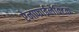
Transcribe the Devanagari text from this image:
ऐनाफाईलेक्टिक